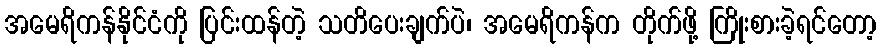
အမေရိကန်နိုင်ငံကို ပြင်းထန်တဲ့ သတိပေးချက်ပဲ၊ အမေရိကန်က တိုက်ဖို့ ကြိုးစားခဲ့ရင်တော့